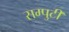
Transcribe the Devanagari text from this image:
सम्पुटी